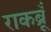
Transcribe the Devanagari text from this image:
राकब्रूँ